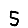
Digit: 5